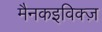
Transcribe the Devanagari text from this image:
मैनकइविक्ज़